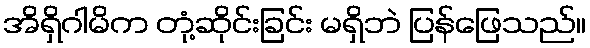
အိရှိဂါမိက တုံ့ဆိုင်းခြင်း မရှိဘဲ ပြန်ဖြေသည်။